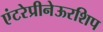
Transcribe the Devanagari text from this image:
एंटरेप्रीनेऊरशिप